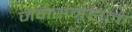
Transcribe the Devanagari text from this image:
जनसमूहाला